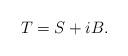
LaTeX: \begin{align*}T=S+iB.\end{align*}